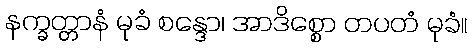
နက္ခတ္တာနံ မုခံ စန္ဒော၊ အာဒိစ္စော တပတံ မုခံ။